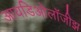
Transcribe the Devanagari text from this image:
आयडिओलॉजीझ